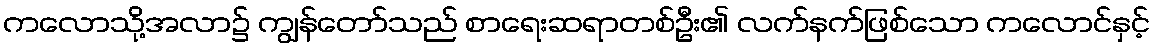
ကလောသို့အလာ၌ ကျွန်တော်သည် စာရေးဆရာတစ်ဦး၏ လက်နက်ဖြစ်သော ကလောင်နှင့်